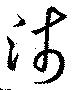
浅